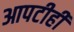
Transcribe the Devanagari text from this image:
आपटीही